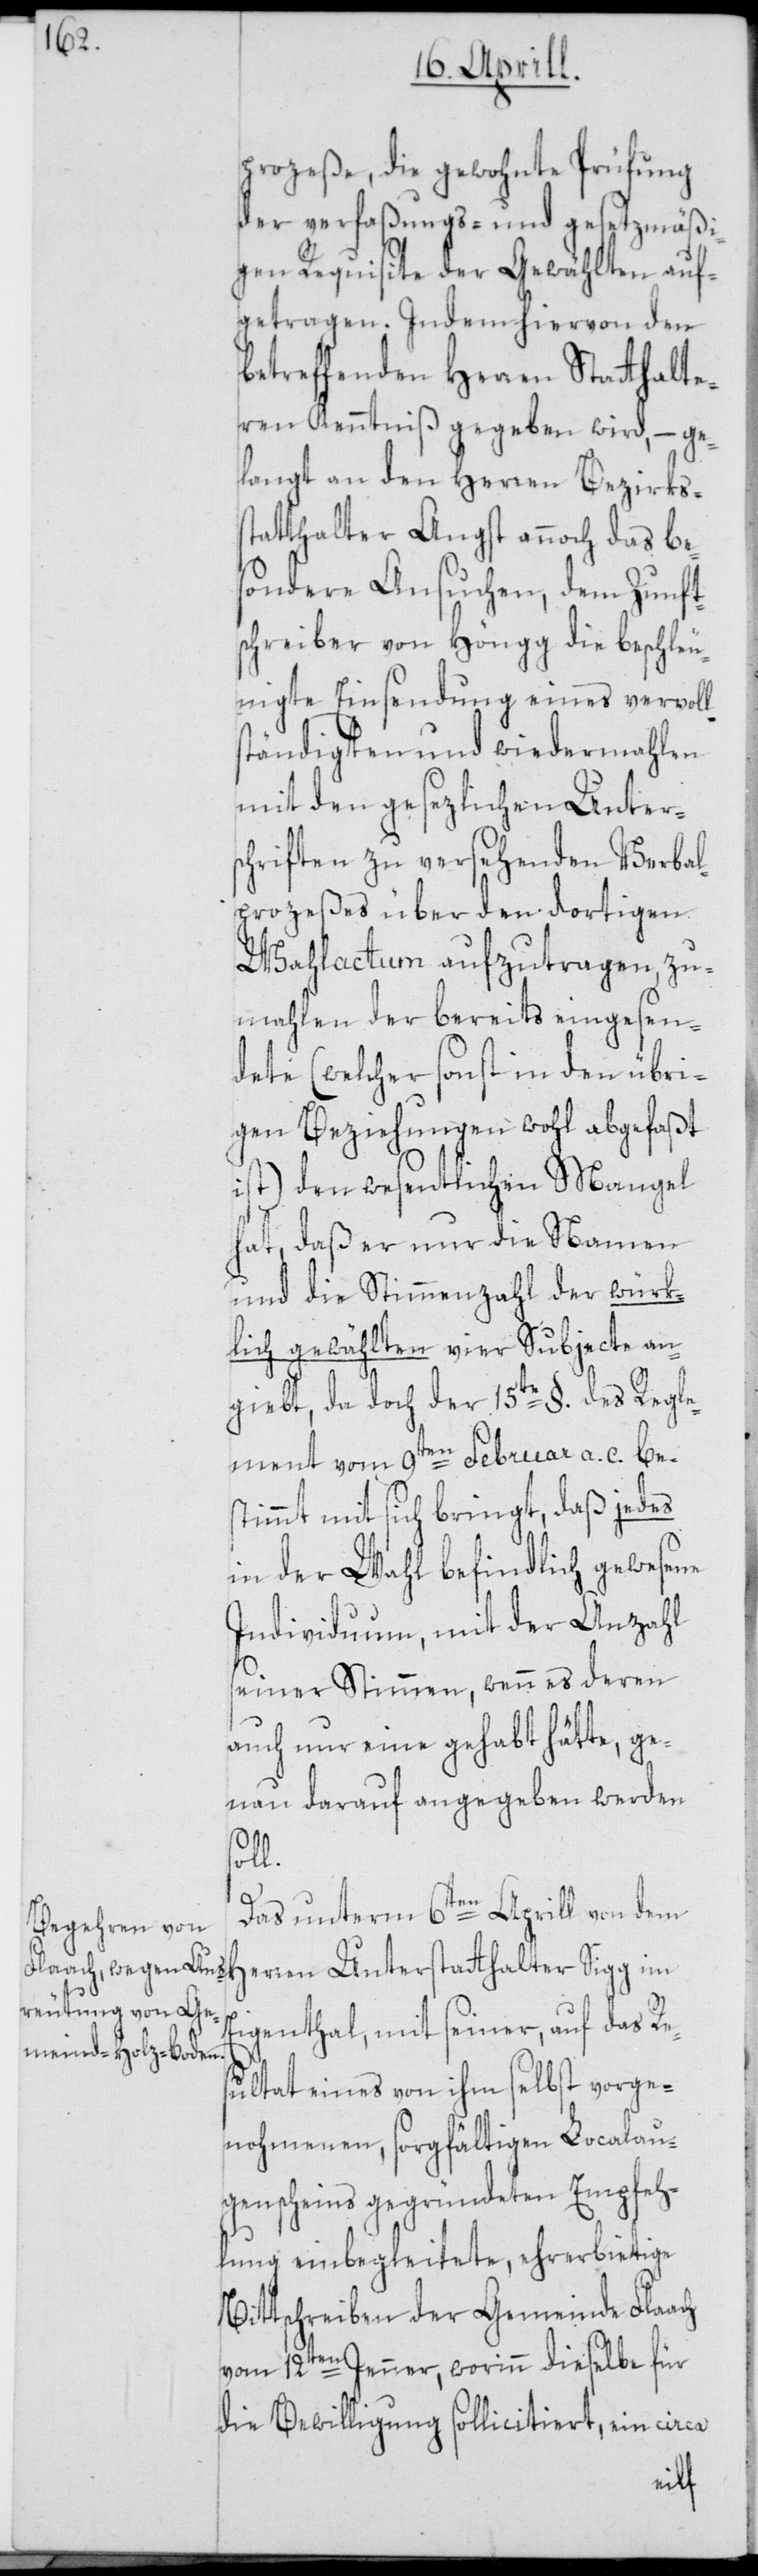
prozeße, die gewohnte Prüfung
der verfaßungs- und gesetzmäßi¬
gen Requisite der Gewählten auf¬
getragen. Indem hiervon den
betreffenden Herren Statthalte¬
ren Kenntniß gegeben wird, – ge¬
langt an den Herren Bezirkss¬
tatthalter Angst annoch das be¬
sondere Ansuchen, dem Zunft¬
schreiber von Höngg die beschleu¬
nigte Einsendung eines vervoll¬
ständigten und wiedermahlen
mit den gesezlichen Unter¬
schriften zu versehenden Verbal¬
prozeßes über den dortigen
Wahlactum aufzutragen, zu¬
mahlen der bereits eingesen¬
dete (welcher sonst in den übri¬
gen Beziehungen wohl abgefaßt
ist) den wesentlichen Mangel
hat, daß er nur die Namen
und die Stimmenzahl der würk¬
lich gewählten vier Subjecte an¬
giebt, da doch der 15te §. des Regle¬
ment vom 9ten Februar a. c. be¬
stimmt mit sich bringt, daß jedes
in der Wahl befindlich gewesene
Individuum, mit der Anzahl
seiner Stimmen, wenn es deren
auch nur eine gehabt hätte, ge¬
nau darauf angegeben werden
soll.
Das unterm 6ten Aprill von dem
Herren Unterstatthalter Sigg im
Eigenthal, mit seiner, auf das Re¬
sultat eines von ihm selbst vorge¬
nohmenen, sorgfältigen Localau¬
genscheins gegründeten Empfeh¬
lung einbegleitete, ehrerbietige
Bittschreiben der Gemeinde Flaach
vom 12ten Jenner, worinn dieselbe für
die Bewilligung sollicitiert, ein circa